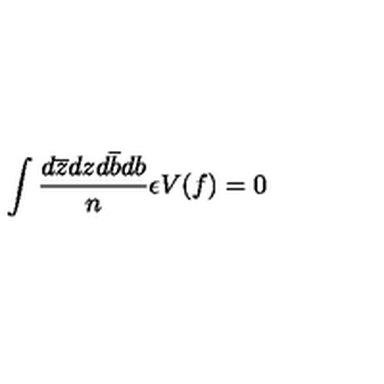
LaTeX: \int \frac { d \overline { { z } } d z d \overline { { b } } d b } { n } \epsilon V ( f ) = 0